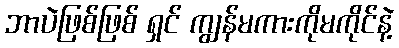
ဘာပဲဖြစ်ဖြစ် ရှင် ကျွန်မကားကိုမကိုင်နဲ့